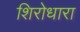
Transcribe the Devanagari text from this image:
शिरोधारा